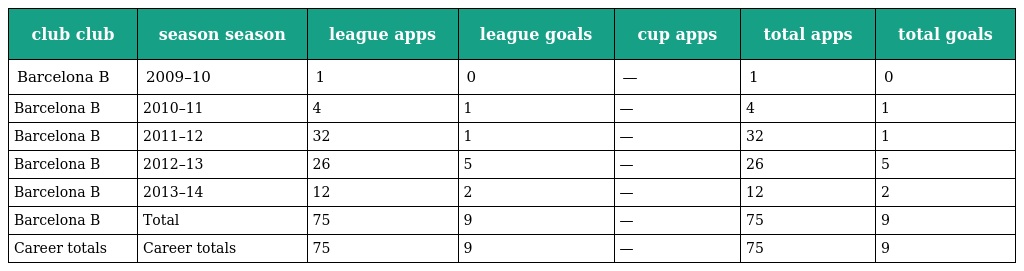
| club club | season season | league apps | league goals | cup apps | total apps | total goals |
 | --- | --- | --- | --- | --- | --- | --- |
 | Barcelona B | 2009–10 | 1 | 0 | — | 1 | 0 |
 | Barcelona B | 2010–11 | 4 | 1 | — | 4 | 1 |
 | Barcelona B | 2011–12 | 32 | 1 | — | 32 | 1 |
 | Barcelona B | 2012–13 | 26 | 5 | — | 26 | 5 |
 | Barcelona B | 2013–14 | 12 | 2 | — | 12 | 2 |
 | Barcelona B | Total | 75 | 9 | — | 75 | 9 |
 | Career totals | Career totals | 75 | 9 | — | 75 | 9 |